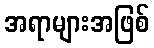
အရာများအဖြစ်